Document type: Grant
Year: 1445
Scribe: Antoni Gomar
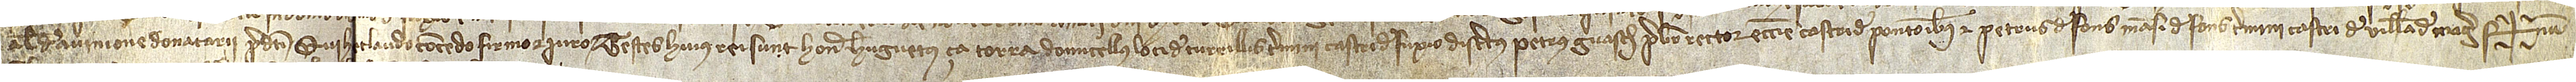
alias de Avinione, donatarii predicti, qui hec laudo, concedo, firmo et iuro.  Testes huius rei sunt: honorabilis Huguetus ça Torra, domicellus loci de Turrillis, termini castri de Fuxio, discretus Petrus Guasch, presbiter, rector ecclesie castri de Pontonibus, et Petrus de Fons, mansi de Fons, termini castri de Villa de Mager. Sig+num